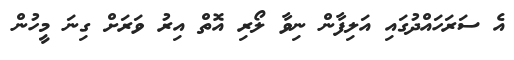
އެ ސަރަހައްދުގައި އަލިފާން ނިވާ ލޯރި އޮތް އިރު ވަރަށް ގިނަ މީހުން